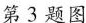
第3题图